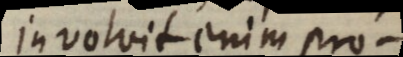
involvit enim pro